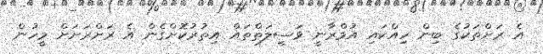
އެ ރަށްތަކުގެ ބިން ހިއްކައި އުމްރާނީ ވަސީލަތްތައް އިތުރުކޮށްގެން އެ ރަށްރަށަށް މީހުން